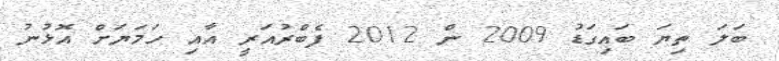
ބަލަ ތިޔަ ބައިގަޑު 2009 ން 2012 ފެބްރުއަރީ އާއި ހަމަޔަށް އޮޅުނު